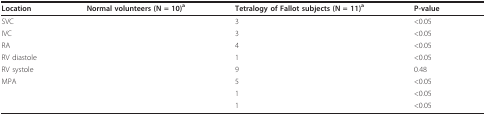
<table><thead><tr><td><b>Location</b></td><td><b>Normal volunteers (N = 10)<sup>a</sup></b></td><td><b>Tetralogy of Fallot subjects (N = 11)<sup>a</sup></b></td><td><b>P-value</b></td></tr></thead><tbody><tr><td>SVC</td><td>[EMPTY_CELL]</td><td>3</td><td>&lt;0.05</td></tr><tr><td>IVC</td><td>[EMPTY_CELL]</td><td>3</td><td>&lt;0.05</td></tr><tr><td>RA</td><td>[EMPTY_CELL]</td><td>4</td><td>&lt;0.05</td></tr><tr><td>RV diastole</td><td>[EMPTY_CELL]</td><td>1</td><td>&lt;0.05</td></tr><tr><td>RV systole</td><td>[EMPTY_CELL]</td><td>9</td><td>0.48</td></tr><tr><td>MPA</td><td>[EMPTY_CELL]</td><td>5</td><td>&lt;0.05</td></tr><tr><td>[EMPTY_CELL]</td><td>[EMPTY_CELL]</td><td>1</td><td>&lt;0.05</td></tr><tr><td>[EMPTY_CELL]</td><td>[EMPTY_CELL]</td><td>1</td><td>&lt;0.05</td></tr></tbody></table>